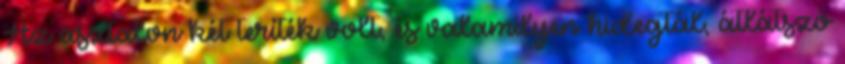
Az asztalon két teríték volt, és valamilyen hidegtál, átlátszó